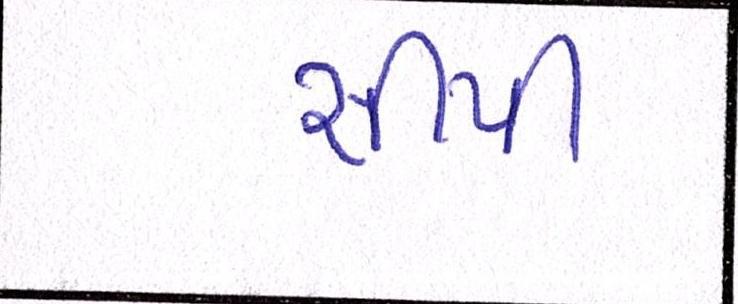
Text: સીપી